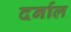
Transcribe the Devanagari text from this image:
दर्नाल